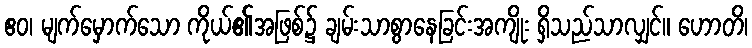
ဧဝ၊ မျက်မှောက်သော ကိုယ်၏အဖြစ်၌ ချမ်းသာစွာနေခြင်းအကျိုး ရှိသည်သာလျှင်။ ဟောတိ၊